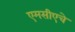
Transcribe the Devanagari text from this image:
एमसीएचे